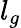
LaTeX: l_{g}